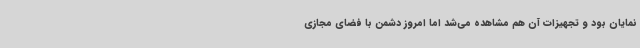
نمایان بود و تجهیزات آن هم مشاهده می‌شد اما امروز دشمن با فضای مجازی